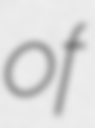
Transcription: of